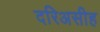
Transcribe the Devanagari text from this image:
दरिअसीह